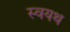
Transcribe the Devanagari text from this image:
स्वयथ